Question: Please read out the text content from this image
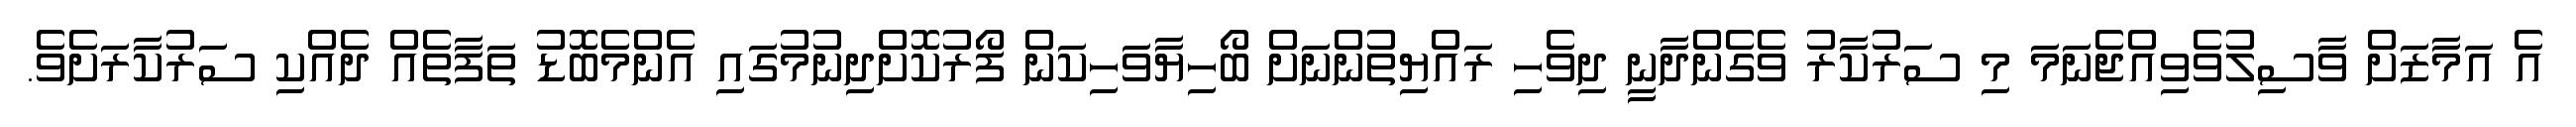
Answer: އެ އަމާޒަށް ވާސިލުވެވިއްޖެނަމަ މި ސަރުކާރު ވެގެންދާނީ ދިވެހި ރައްޔިތުންނަށް ބޯހިޔާވަހިކަން ފޯރުކޮށްދިނުމުގައި އެންމެބޮޑު ތަފާތެއް ދެއްކި ސަރުކާރަށެވެ.